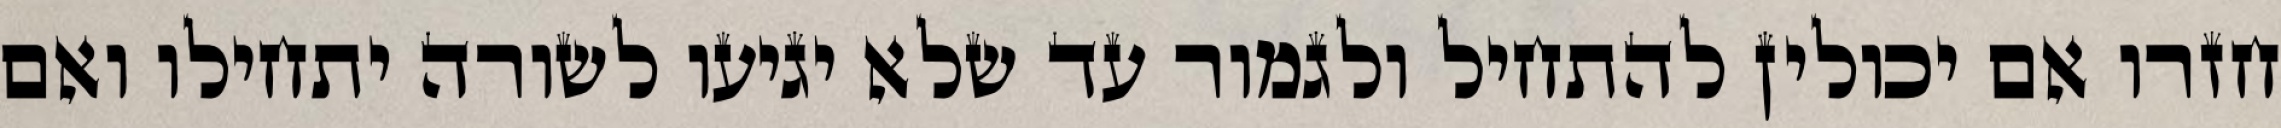
חזרו אם יכולין להתחיל ולגמור עד שלא יגיעו לשורה יתחילו ואם